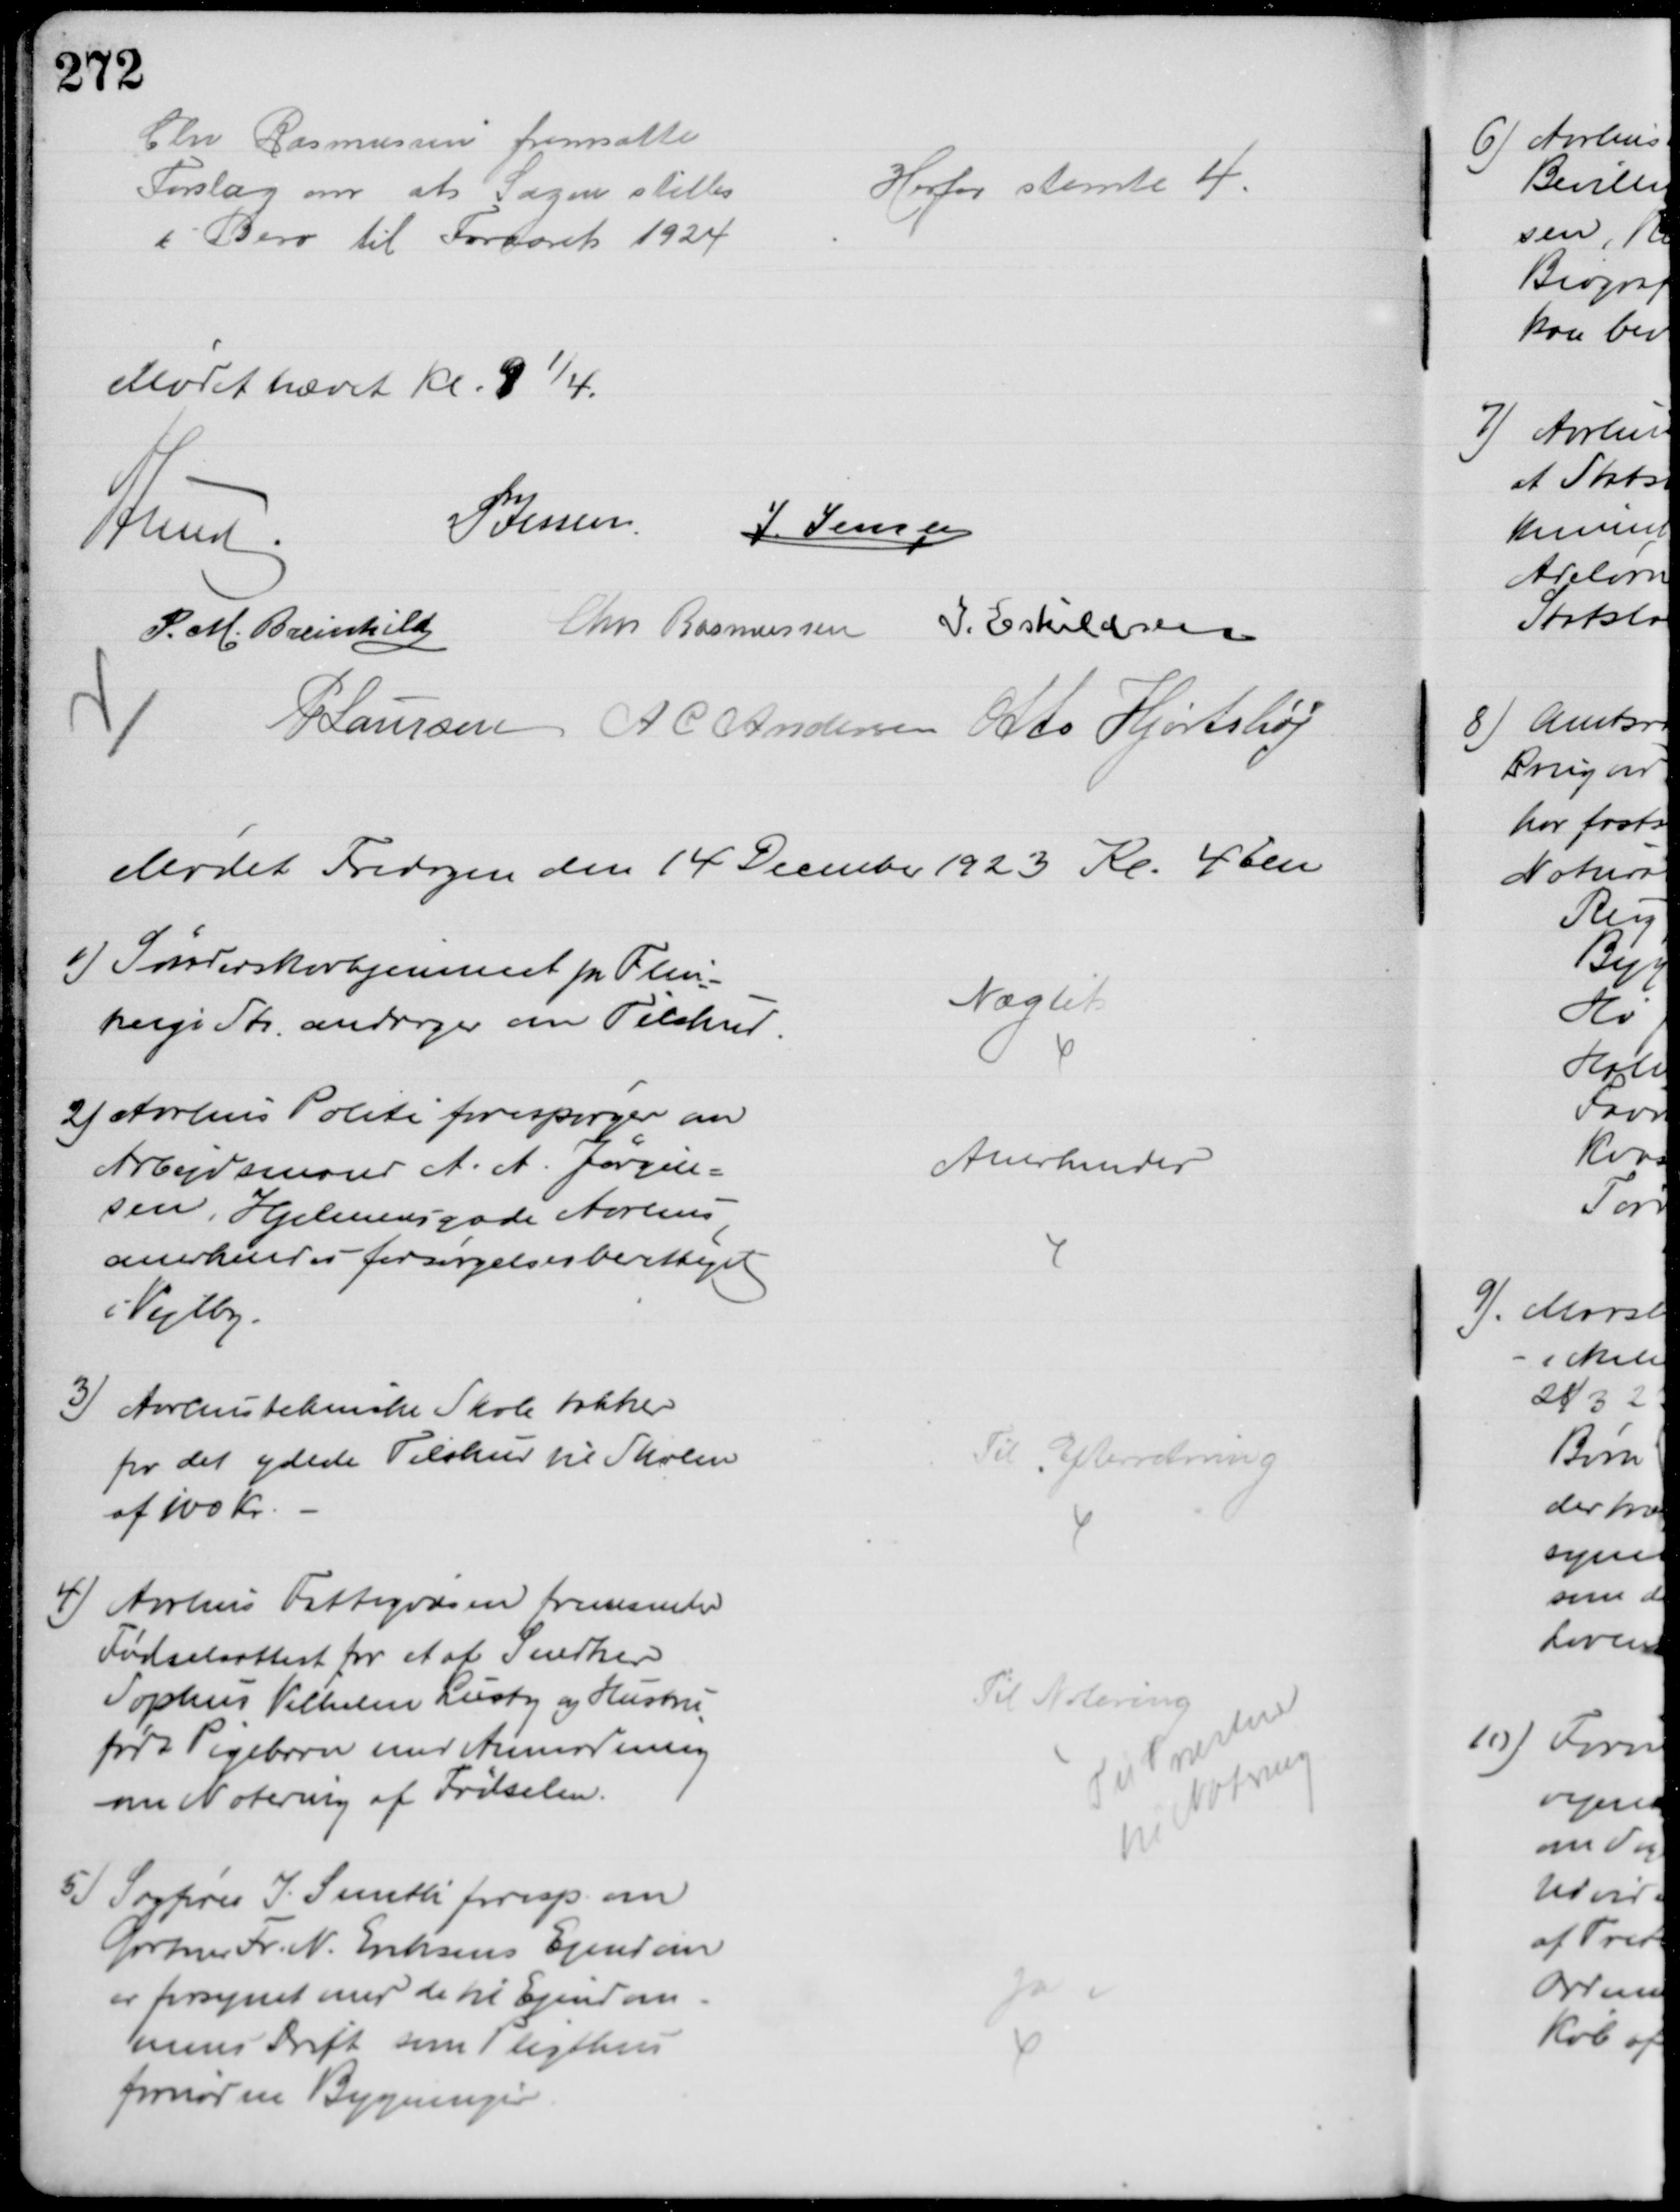
Transskription:
Chr Rasmussen fremsatte
Forslag om at Sagen stilles
i Bero til Foraaret 1924
Herfor stemte 4
Mødet hævet Kl. 9¼
A Lund
P Jessen 
J. Jensen
P. M. Breinhild Chr Rasmussen I. Eskildsen
P Laursen A C Andersen Otto Hjortshøj
Mødet Fredagen den 14 December 1923 Kl. 4 Em
1) Sønderskovhjemmet pr Flin
tinge St. andrager om Tilskud
Nægtet
2) Aarhus Politi forespørger om
Arbejdsmand A. A. Jørgen-
sen, Hjelmersgade Aarhus
anerkendes forsørgelsesberettiget
Vejlby.
Anerkendes
3) Aarhus tekniske Skole takker
for det ydede Tilskud til Skolen
af 100 Kr.
Til Efterretning
4) Aarhus Fattigvæsen fremsender
Fødselsattest for et af Snedker
Sophus Vilhelm Lusty og Hustru
født Pigebarn med Anmodning
om Notering af Fødselen.
Til Notering
Til Præsten
til Notering
5) Sagfører I. Smith foresp. om
Gartner Fr. N. Eriksens Ejendom
er forsynet med de til Ejendom-
mens Drift som Pligthus
fornødne Bygninger
Ja